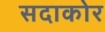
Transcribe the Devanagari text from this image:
सदाकोर